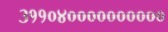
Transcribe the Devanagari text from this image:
३११०४००००००००००